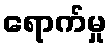
ရောက်မှု